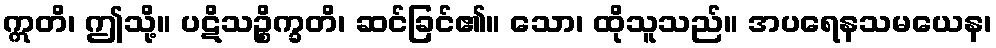
ဣတိ၊ ဤသို့။ ပဋိသဉ္စိက္ခတိ၊ ဆင်ခြင်၏။ သော၊ ထိုသူသည်။ အပရေနသမယေန၊